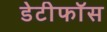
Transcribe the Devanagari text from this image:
डेटीफाॅस